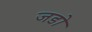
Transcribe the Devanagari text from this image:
जडो